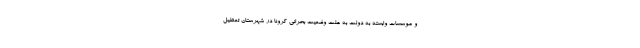
و موسسات وابسته به دولت به علت وضعیت بحرانی کرونا در شهرستان تعطیل